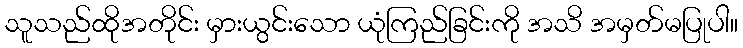
သူသည်ထိုအတိုင်း မှားယွင်းသော ယုံကြည်ခြင်းကို အသိ အမှတ်မပြုပါ။